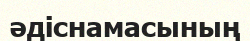
әдіснамасының